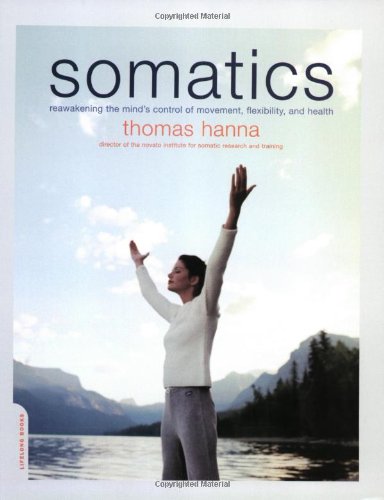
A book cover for Somatics: Reawakening The Mind's Control Of Movement, Flexibility, And Health; Thomas Hanna; Health, Fitness & Dieting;